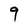
Character: 9